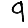
Digit: 9